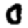
Digit: 0